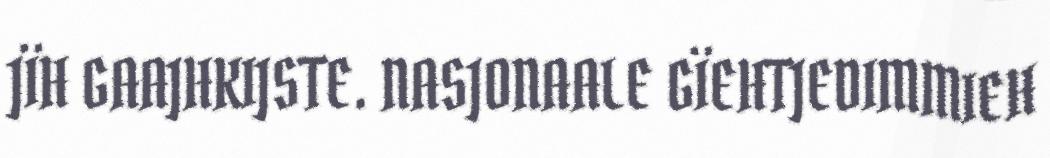
JÏH GAAJHKIJSTE. NASJONAALE GÏEHTJEDIMMIEH